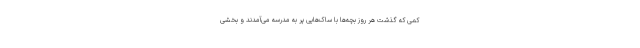
کمی که گذشت هر روز بچه‌ها با ساک‌هایی پر به مدرسه می‌آمدند و بخشی